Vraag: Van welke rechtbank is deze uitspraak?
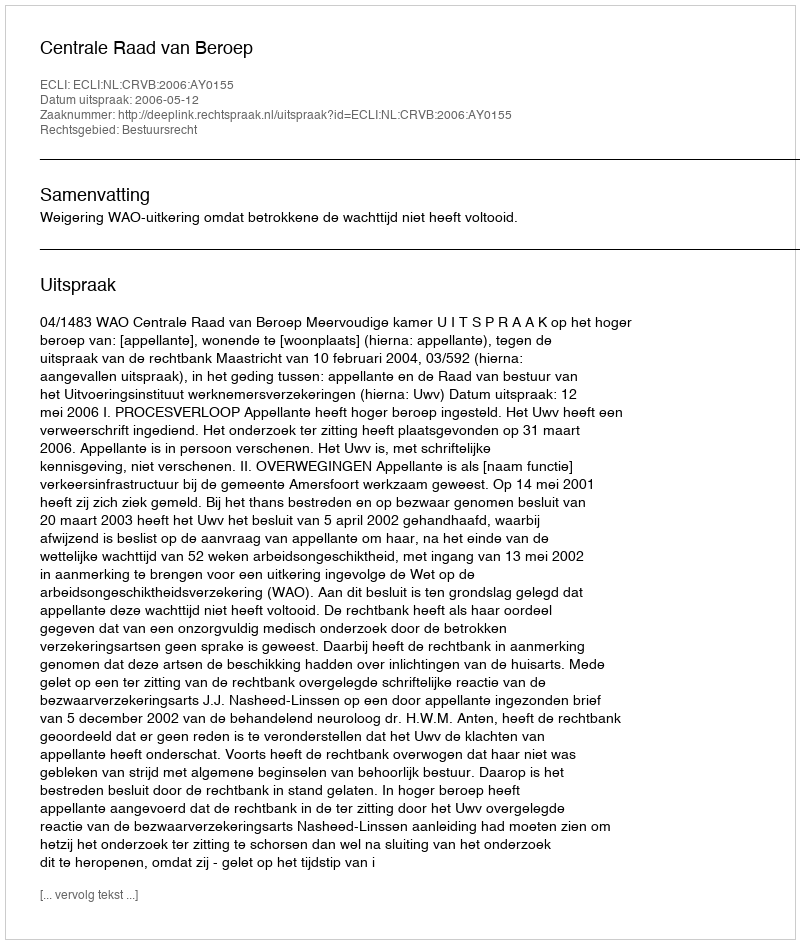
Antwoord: Centrale Raad van Beroep